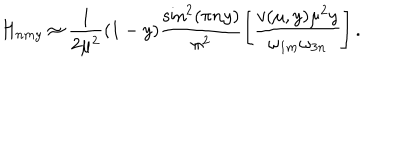
H _ { n m y } \approx \frac { 1 } { 2 \mu ^ { 2 } } ( 1 - y ) \frac { \sin ^ { 2 } ( \pi n y ) } { \pi ^ { 2 } } \left[ \frac { v ( \mu , y ) \mu ^ { 2 } y } { \omega _ { 1 m } \omega _ { 3 n } } \right] .